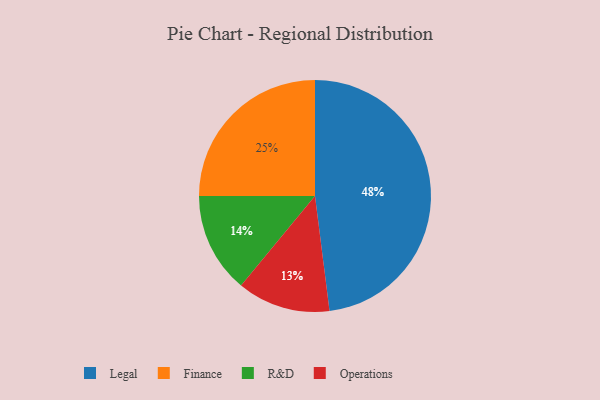
{"axis": {"x": "Category", "y": "Percentage"}, "legend": ["Finance", "Legal", "Operations", "R&D"], "data": [{"x": "Finance", "y": 25, "type": "Finance"}, {"x": "Legal", "y": 48, "type": "Legal"}, {"x": "R&D", "y": 14, "type": "R&D"}, {"x": "Operations", "y": 13, "type": "Operations"}]}